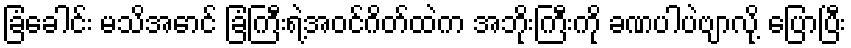
ခြံခေါင်း မသိအောင် ခြံကြီးရဲ့အဝင်ဂိတ်ထဲက အဘိုးကြီးကို ခဏပါပဲဗျာလို့ ပြောပြီး